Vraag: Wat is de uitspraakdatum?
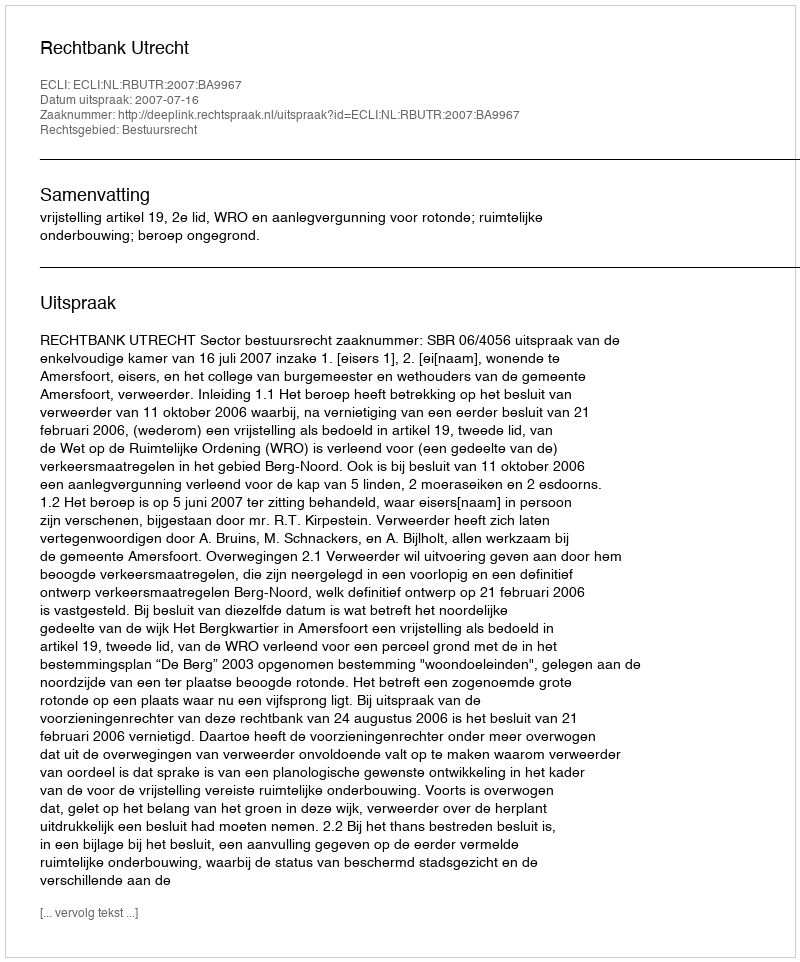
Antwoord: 2007-07-16